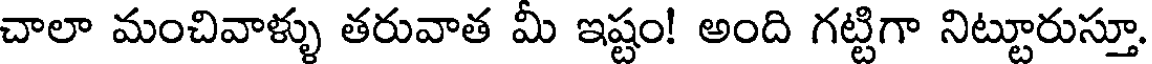
చాలా మంచివాళ్ళు తరువాత మీ ఇష్టం! అంది గట్టిగా నిట్టూరుస్తూ